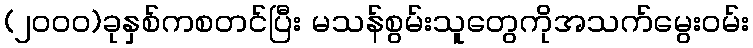
(၂၀၀၀)ခုနှစ်ကစတင်ပြီး မသန်စွမ်းသူတွေကိုအသက်မွေးဝမ်း